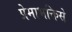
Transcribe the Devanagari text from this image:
प्रेमाभक्तिसे